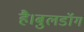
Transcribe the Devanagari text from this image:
है।बुलडॉग